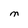
Character: M